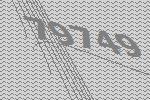
79749